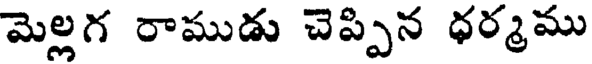
మెల్లగ రాముడు చెప్పిన ధర్మము